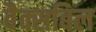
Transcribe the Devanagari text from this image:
वैक्सबिल